Investigations on Bengal jail dietaries - Number 37
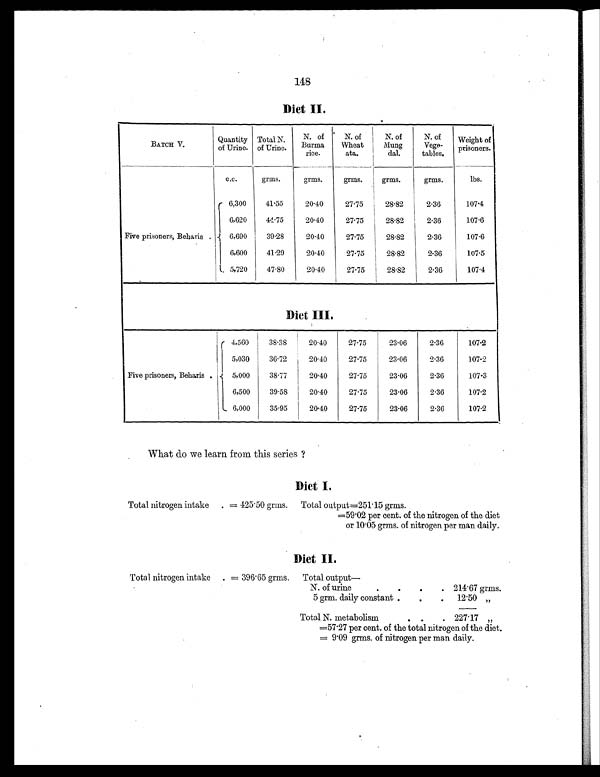
148
Diet II.
BATCH V.
Quantity
of Urine.
Total N.
of Urine.
N. of
B u r m a
rice.
N. of
Wheat
ata.
N. of
Mung
dal.
N. of
Vege-
tables.
Weight of
prisoners.
c.c.
grms.
grms.
grms.
grms.
grms.
lbs.
Five prisoners, Beharis .
6,300
41.55
20.40
27.75
28.82
2.36
107.4
6,620
44.75
20.40
27.75
28.82
2.36
107.6
6,690
39.28
20.40
27.75
28.82
2.36
107.6
6,600
41.29
20.40
27.75
28.82
2.36
107.5
5,720
47.80
20.40
27.75
28.82
2.36
107.4
Diet III.
Five prisoners, Beharis .
4,560
38.38
20.40
27.75
23.06
2.36
107.2
5,030
36.72
20.40
27.75
23.06
2.36
107.2
5,000
38.77
20.40
27.75
23.06
2.36
107.3
6,500
39.58
20.40
27.75
23.06
2.36
107.2
6,000
35.95
20.40
27.75
23.06
2.36
107.2
What do we learn from this series ?
Diet I.
Total nitrogen intake . = 425.50 grms.
Total output=251.15 grms.
=59.02 per cent. of the nitrogen of the diet
or 10.05 grms. of nitrogen per man daily.
Diet II.
Total nitrogen intake
. = 396.65 grms.
Total output
—
N. of urin
.
.
.
. 214.67 grms.
5 grm. daily constant .
.
.
12.50 „
Total N. metabolism
. .
. 227.17 „
=57.27 per cent. of the total nitrogen of the diet.
= 9.09 grms. of nitrogen per man daily.